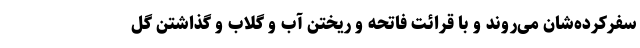
سفرکرده‌شان می‌روند و با قرائت فاتحه و ریختن آب و گلاب و گذاشتن گل